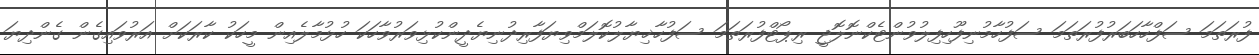
ފުރަތަމަ ސަފްހާހަބަރުފުރަތަމަ ސަފުހާމުނިފޫހިފިލުވުންޓެކްނޮލޮޖީ ރިޕޯޓްފުރަތަމަ ސަފުހާޚިޔާލުކޮލަމްވިޔަފާރިދުނިޔެދީންކުޅިވަރުވާހަކަ ހުޅުމާލެއިން މީހަކު ކާރަކަށް އަރުވައިގެން ގެންދިޔަ